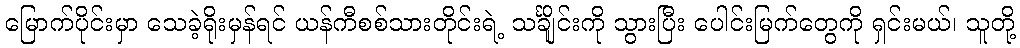
မြောက်ပိုင်းမှာ သေခဲ့ရိုးမှန်ရင် ယန်ကီစစ်သားတိုင်းရဲ့ သင်္ချိုင်းကို သွားပြီး ပေါင်းမြက်တွေကို ရှင်းမယ်၊ သူတို့